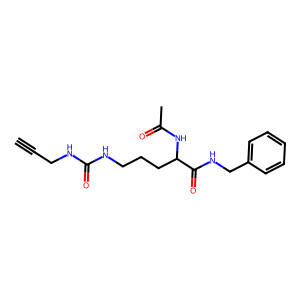
SMILES: C#CCNC(=O)NCCCC(NC(C)=O)C(=O)NCc1ccccc1
Inhibits HIV replication: No